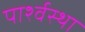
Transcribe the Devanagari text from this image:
पार्श्वस्था